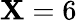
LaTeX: \mathbf{X}=6